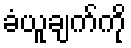
ခံယူချက်ကို